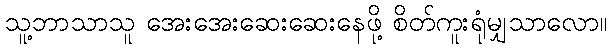
သူ့ဘာသာသူ အေးအေးဆေးဆေးနေဖို့ စိတ်ကူးရုံမျှသာလော။